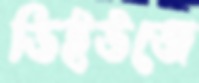
ডিইউজে